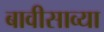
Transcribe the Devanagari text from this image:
बावीसाव्या